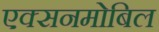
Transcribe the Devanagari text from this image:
एक्सनमोबिल